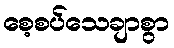
စေ့စပ်သေချာစွာ